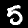
Label: 5